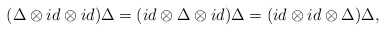
\begin{align*}(\Delta \otimes id\otimes id)\Delta =(id\otimes \Delta \otimes id)\Delta=(id\otimes id\otimes \Delta )\Delta ,\end{align*}